Scottish Certificate of Education, 1963
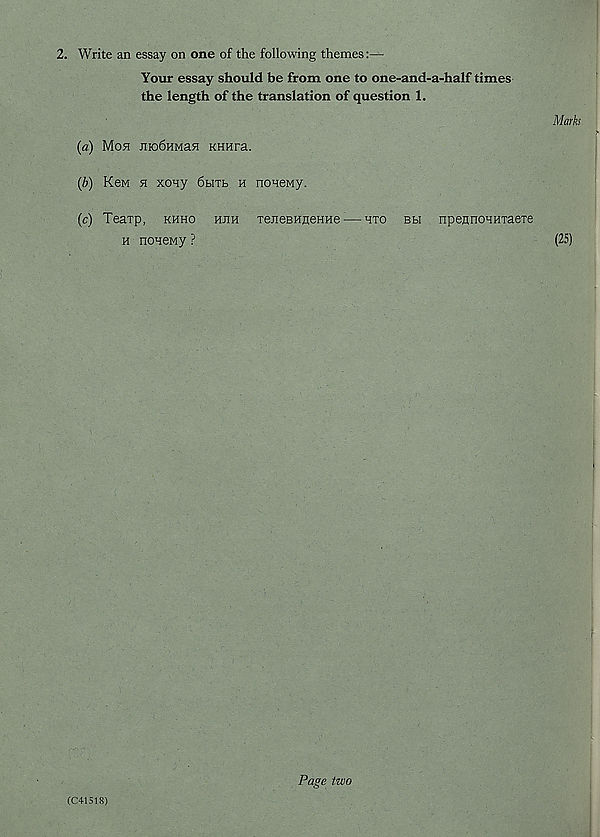
2. Write an essay on one of the following themes:—
Your essay should be from one to one-and-a-half times
the length of the translation of question 1.
Marks
(a) Mo5i Jiio6HMa5i KHHra.
(b) Kcm h xony 6bitl h noneMy.
(c) Teaxp, khho hjih TejieBHueHne — hto bh npeHnoHHTaere
h nonewy ?
(25)
(C41518)
Page two